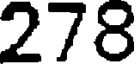
278